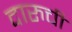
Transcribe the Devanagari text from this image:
दारुची